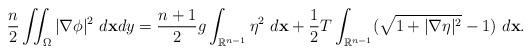
LaTeX: \begin{align*}\frac{n}{2}\iint_\Omega |\nabla \phi|^2~d\mathbf{x}dy=\frac{n+1}{2}g\int_{\mathbb{R}^{n-1}} \eta^2~d\mathbf{x}+\frac12T\int_{\mathbb{R}^{n-1}}(\sqrt{1+|\nabla\eta|^2}-1)~d\mathbf{x}.\end{align*}